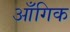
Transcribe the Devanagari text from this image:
आँगिक